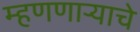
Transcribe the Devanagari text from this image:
म्हणणाऱ्याचे